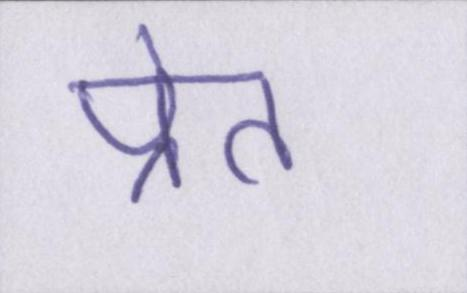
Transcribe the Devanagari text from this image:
प्रेत